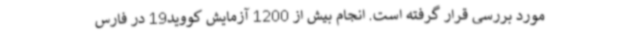
مورد بررسی قرار گرفته است. انجام بیش از 1200 آزمایش کووید19 در فارس